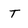
Character: T